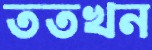
ততখন